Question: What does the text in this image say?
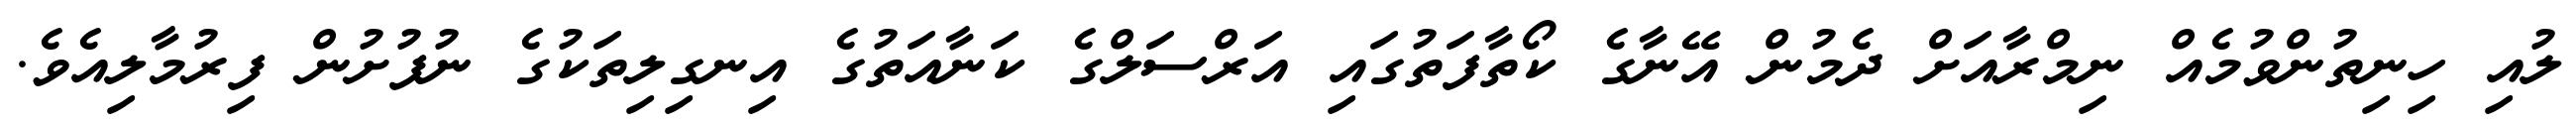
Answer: ލުއި ހިނިތުންވުމެއް ނިމްރާއަށް ދެމުން އޭނާގެ ކޯތާފަތުގައި އަރްސަލްގެ ކަނާއަތުގެ އިނގިލިތަކުގެ ނުފުށުން ފިރުމާލިއެވެ.